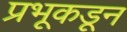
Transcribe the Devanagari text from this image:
प्रभूकडून